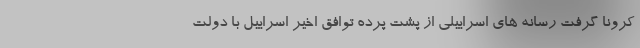
کرونا گرفت رسانه های اسراییلی از پشت پرده توافق اخیر اسراییل با دولت